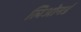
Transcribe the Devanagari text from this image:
लिओनर्ड